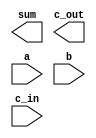
//Sumador completo (full-adder) de tres entradas de 1 bit realizado a partir de puertas lgicas 
module fa(output wire sum, output wire c_out, input wire a, input wire b, input wire c_in);

endmodule